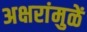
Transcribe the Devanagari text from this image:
अक्षरांमुळें